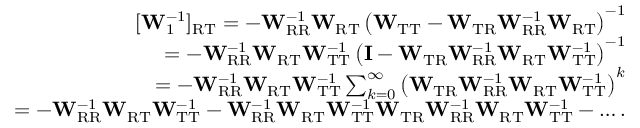
\begin{array} { r } { [ \mathbf { W } _ { 1 } ^ { - 1 } ] _ { \mathrm { R T } } = - \mathbf { W } _ { \mathrm { R R } } ^ { - 1 } \mathbf { W } _ { \mathrm { R T } } \left( \mathbf { W } _ { \mathrm { T T } } - \mathbf { W } _ { \mathrm { T R } } \mathbf { W } _ { \mathrm { R R } } ^ { - 1 } \mathbf { W } _ { \mathrm { R T } } \right) ^ { - 1 } } \\ { = - \mathbf { W } _ { \mathrm { R R } } ^ { - 1 } \mathbf { W } _ { \mathrm { R T } } \mathbf { W } _ { \mathrm { T T } } ^ { - 1 } \left( \mathbf { I } - \mathbf { W } _ { \mathrm { T R } } \mathbf { W } _ { \mathrm { R R } } ^ { - 1 } \mathbf { W } _ { \mathrm { R T } } \mathbf { W } _ { \mathrm { T T } } ^ { - 1 } \right) ^ { - 1 } } \\ { = - \mathbf { W } _ { \mathrm { R R } } ^ { - 1 } \mathbf { W } _ { \mathrm { R T } } \mathbf { W } _ { \mathrm { T T } } ^ { - 1 } \sum _ { k = 0 } ^ { \infty } \left( \mathbf { W } _ { \mathrm { T R } } \mathbf { W } _ { \mathrm { R R } } ^ { - 1 } \mathbf { W } _ { \mathrm { R T } } \mathbf { W } _ { \mathrm { T T } } ^ { - 1 } \right) ^ { k } } \\ { = - \mathbf { W } _ { \mathrm { R R } } ^ { - 1 } \mathbf { W } _ { \mathrm { R T } } \mathbf { W } _ { \mathrm { T T } } ^ { - 1 } - \mathbf { W } _ { \mathrm { R R } } ^ { - 1 } \mathbf { W } _ { \mathrm { R T } } \mathbf { W } _ { \mathrm { T T } } ^ { - 1 } \mathbf { W } _ { \mathrm { T R } } \mathbf { W } _ { \mathrm { R R } } ^ { - 1 } \mathbf { W } _ { \mathrm { R T } } \mathbf { W } _ { \mathrm { T T } } ^ { - 1 } - \dots . } \end{array}